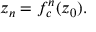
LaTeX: z _ { n } = f _ { c } ^ { n } ( z _ { 0 } ) .